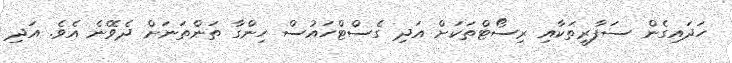
ހަދައިގެން ސަފާރީތަކާއި ރިސޯޓްތަކަށް އަދި ގެސްޓްހައުސް ހިންގާ ތަންތަނަށް ދެވޭނެ އެވެ. އަދި